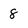
Character: 8